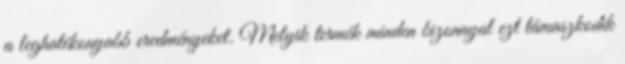
a leghatékonyabb eredményeket. Melyik termék minden bizonnyal ezt támaszkodik